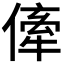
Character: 𠍉